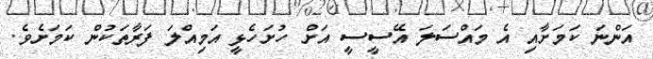
އަންނަ ކަމަށާއި އެ މައްސަލަ އޭސީސީ އަށް ހުށަހެޅީ އަމިއްލަ ފަރާތަކުން ކަމަށެވެ.